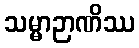
သမ္မာဉာဏိဿ